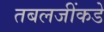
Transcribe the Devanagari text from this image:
तबलजींकडे